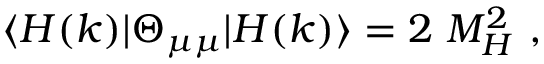
\langle H ( k ) | \Theta _ { \mu \mu } | H ( k ) \rangle = 2 ~ M _ { H } ^ { 2 } ~ ,